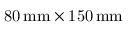
\mathrm { 8 0 \, m m \times 1 5 0 \, m m }